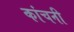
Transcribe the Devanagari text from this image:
कांचनी